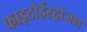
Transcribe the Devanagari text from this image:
फाइटोईस्ट्रोजन